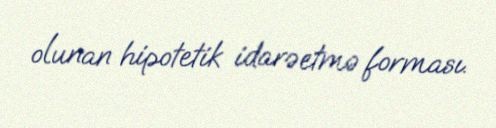
olunan hipotetik idarəetmə forması.